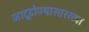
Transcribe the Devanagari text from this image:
जादूटोण्यासारख्या